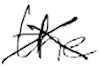
Text: the
Cross-out: cross
Writing tool: digital_black